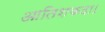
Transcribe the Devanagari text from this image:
आतिशकदा।